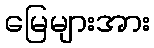
မြေများအား